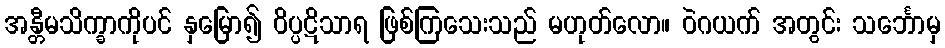
အန္တီမသိက္ခာကိုပင် နှမြော၍ ဝိပ္ပဋိသာရ ဖြစ်ကြသေးသည် မဟုတ်လော။ ဝဲဂယက် အတွင်း သင်္ဘောမှ